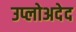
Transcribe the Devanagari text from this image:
उप्लोअदेद